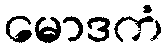
မောဒကံ